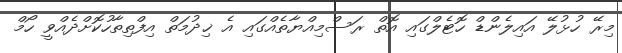
މިރޭ ހުޅުލޭ އައިލެންޑް ހޮޓެލްގައި އޮތް ރަސްމިއްޔާތެއްގައި އެ ޚިދުމަތް އިފްތިތާހުކޮށްދެއްވީ ހޯމް